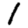
Digit: 1